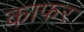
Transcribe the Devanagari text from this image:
काफर